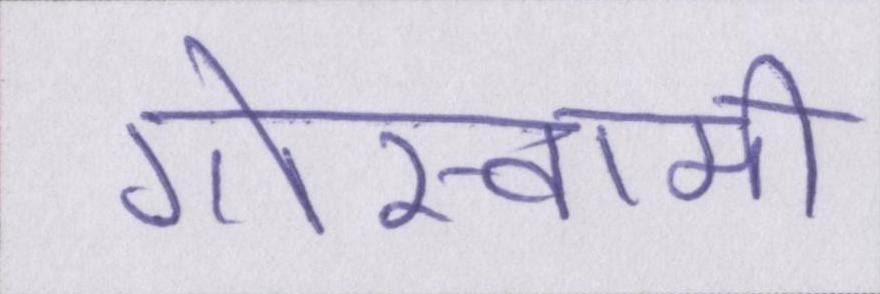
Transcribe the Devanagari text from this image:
गोस्वामी